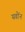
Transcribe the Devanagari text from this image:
यवोंन